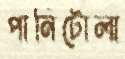
পানিটোলা